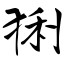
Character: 猁